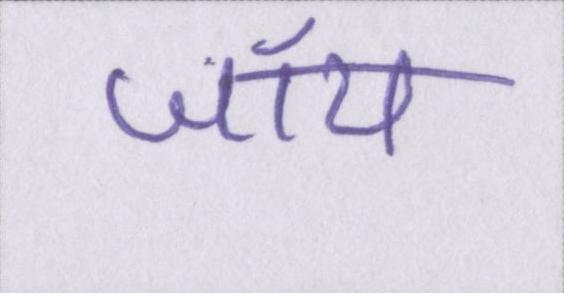
जॉय